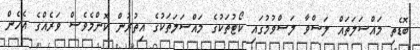
ބޮޑެތި މައްސަލަތައް ލަސްވާ ލަސްވުމުގައި ކޯޓުތަކުގެ މައްސަލަތަކުގެ އިތުރުން ކޮންމެވެސް ވަރެއްގެ އެހެން